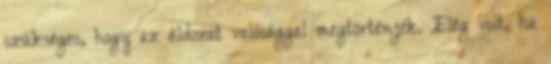
szükséges, hogy az áldozat valósággal megtörténjék. Elég volt, ha